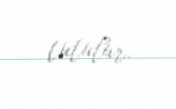
tutulur.